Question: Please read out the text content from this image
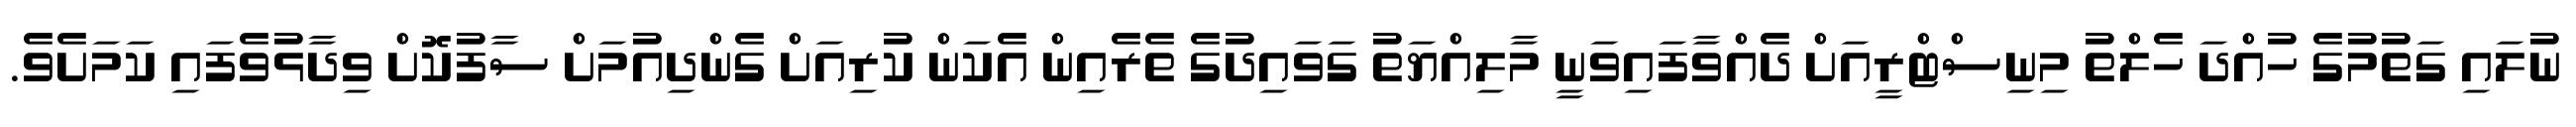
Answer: ނުލައި ގަތުމުގެ ހުއްދަ ހެލްތު މިނިސްޓްރީއަށް ދެއްވާފައިވަނީ މާލިއްޔަތު ގަވައިދުގެ ތެރެއިން އެކަން ކުރިއަށް ގެންދިއުމަށް ސާފުކޮށް ވިދާޅުވެފައި ކަމަށެވެ.